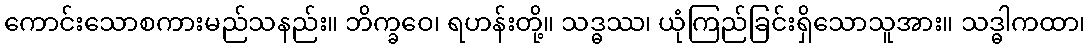
ကောင်းသောစကားမည်သနည်း။ ဘိက္ခဝေ၊ ရဟန်းတို့။ သဒ္ဓဿ၊ ယုံကြည်ခြင်းရှိသောသူအား။ သဒ္ဓါကထာ၊